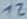
Text: 12